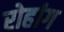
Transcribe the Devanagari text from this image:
रोहांग